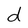
Character: d